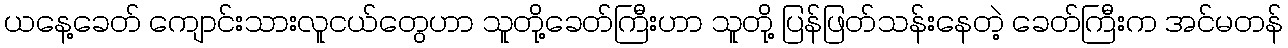
ယနေ့ခေတ် ကျောင်းသားလူငယ်တွေဟာ သူတို့ခေတ်ကြီးဟာ သူတို့ ပြန်ဖြတ်သန်းနေတဲ့ ခေတ်ကြီးက အင်မတန်